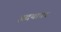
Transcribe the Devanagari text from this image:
ह्रदयावर